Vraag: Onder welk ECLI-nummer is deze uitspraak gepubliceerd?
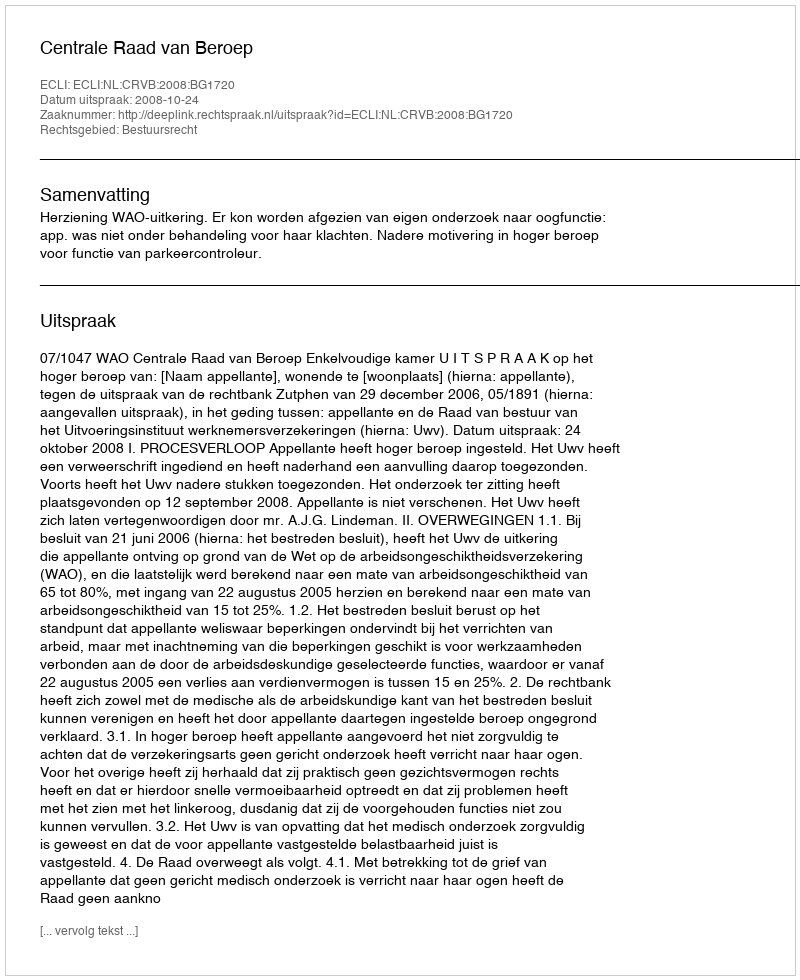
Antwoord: ECLI:NL:CRVB:2008:BG1720